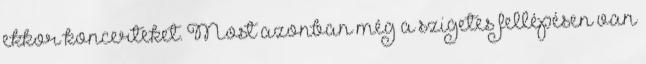
ekkor koncerteket. Most azonban még a szigetes fellépésen van